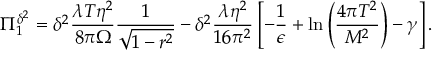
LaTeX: \Pi _ { 1 } ^ { \delta ^ { 2 } } = \delta ^ { 2 } \frac { \lambda T \eta ^ { 2 } } { 8 \pi \Omega } \frac { 1 } { \sqrt { 1 - r ^ { 2 } } } - \delta ^ { 2 } \frac { \lambda \eta ^ { 2 } } { 1 6 \pi ^ { 2 } } \left[ - \frac { 1 } { \epsilon } + \ln \left( \frac { 4 \pi T ^ { 2 } } { M ^ { 2 } } \right) - \gamma \right] .